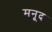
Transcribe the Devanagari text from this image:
मनूद